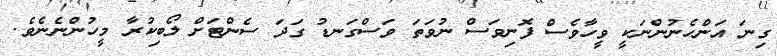
ގިނަ އަންހެނުންނަކީ ވީހާވެސް ފޮނިވަސް ނުވަތަ ވަސްގަނޑު ގަދަ ސެންޓަށް ލޯބިކުރާ މީހުންނެނެވެ.